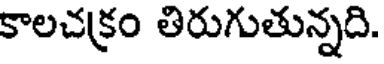
కాలచక్రం తిరుగుతున్నది.